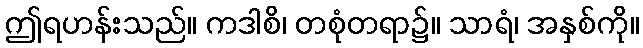
ဤရဟန်းသည်။ ကဒါစိ၊ တစုံတရာ၌။ သာရံ၊ အနှစ်ကို။